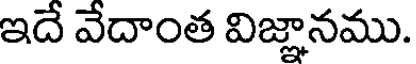
ఇదే వేదాంత విజ్ఞానము.